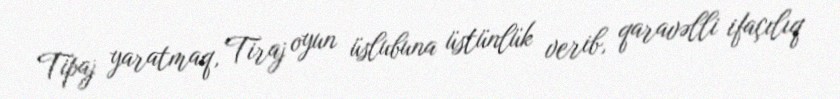
Tipaj yaratmaq, Tiraj oyun üslubuna üstünlük verib, qaravəlli ifaçılıq